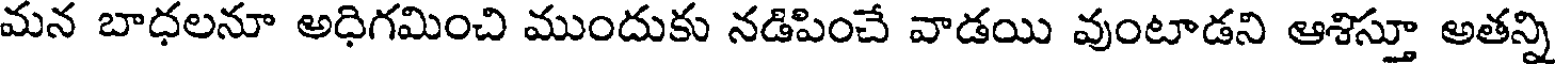
మన బాధలనూ అధిగమించి ముందుకు నడిపించే వాడయి వుంటాడని ఆశిస్తూ అతన్ని